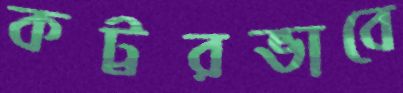
কট্টরভাবে